Document type: Clause in a will
Year: 1320
Scribe: Francesc de Torre
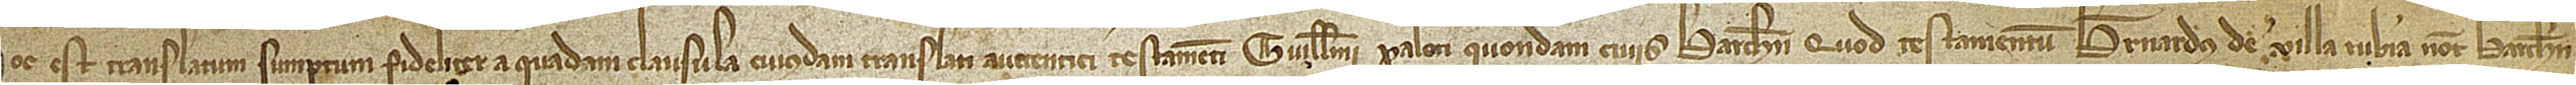
Hoc est translatum sumptum fideliter a quadam clausula cuiusdam translati auctentici testamenti Guillelmi Paloti, quondam, civis Barchinone, quod testamentum Bernardus de Villa Rubia, notarius Barchinone,